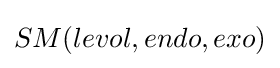
SM(levol,endo,exo)